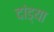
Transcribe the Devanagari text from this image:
दांड्या